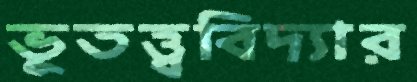
ভূতত্ত্ববিদ্যার